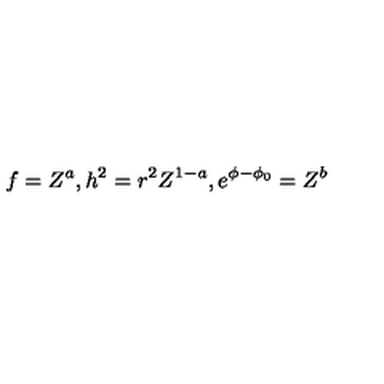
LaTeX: f = Z ^ { a } , h ^ { 2 } = r ^ { 2 } Z ^ { 1 - a } , e ^ { \phi - \phi _ { 0 } } = Z ^ { b }